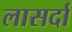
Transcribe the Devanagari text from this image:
लासर्दा